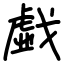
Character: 戯